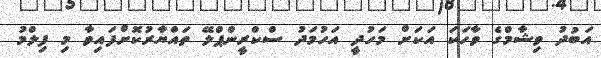
އަބުދު ވިޝާމްގެ ވާހަކަ އަކަށް މަހުދީ އަހުމަދު ސްކްރީންޕްލޭ ތައްޔާރުކޮށްފައިވާ މި ފިލްމު